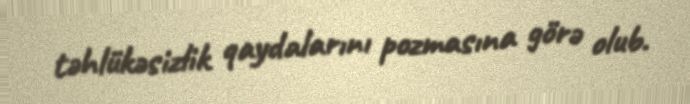
təhlükəsizlik qaydalarını pozmasına görə olub.